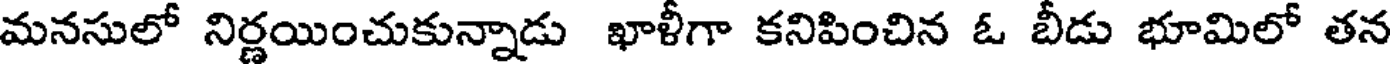
మనసులో నిర్ణయించుకున్నాడు ఖాళీగా కనిపించిన ఓ బీడు భూమిలో తన